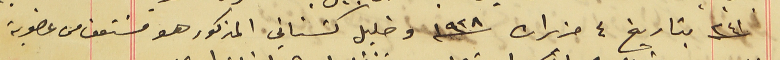
٢٤١ بتاريخ ٤ حزيران سنة ١٩٢٨ وخليل كسَناني المذكور هو مسَتعفا من عضوية